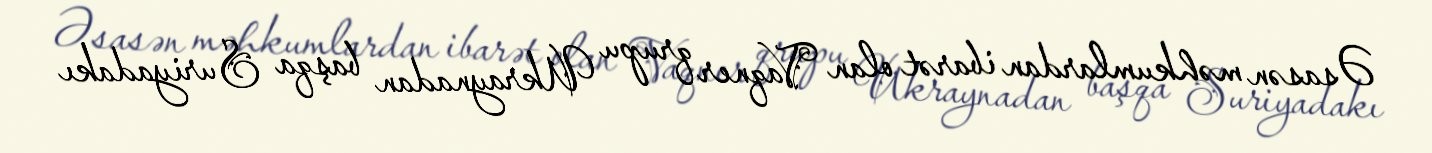
Əsasən məhkumlardan ibarət olan Vaqner qrupu Ukraynadan başqa Suriyadakı